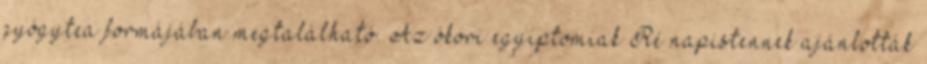
gyógytea formájában megtalálható. Az ókori egyiptomiak Ré napistennek ajánlották